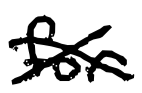
Text: for
Cross-out: cross
Writing tool: digital_black